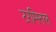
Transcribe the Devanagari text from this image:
टरमिनल